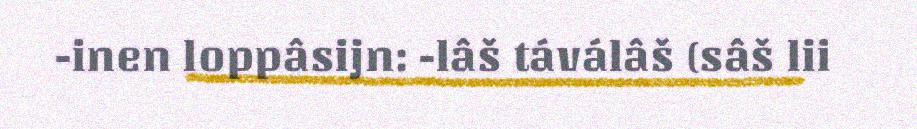
-inen loppâsijn: -lâš táválâš (sâš lii